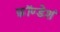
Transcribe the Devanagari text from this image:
फ़ॉण्डेशं